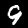
Digit: 9